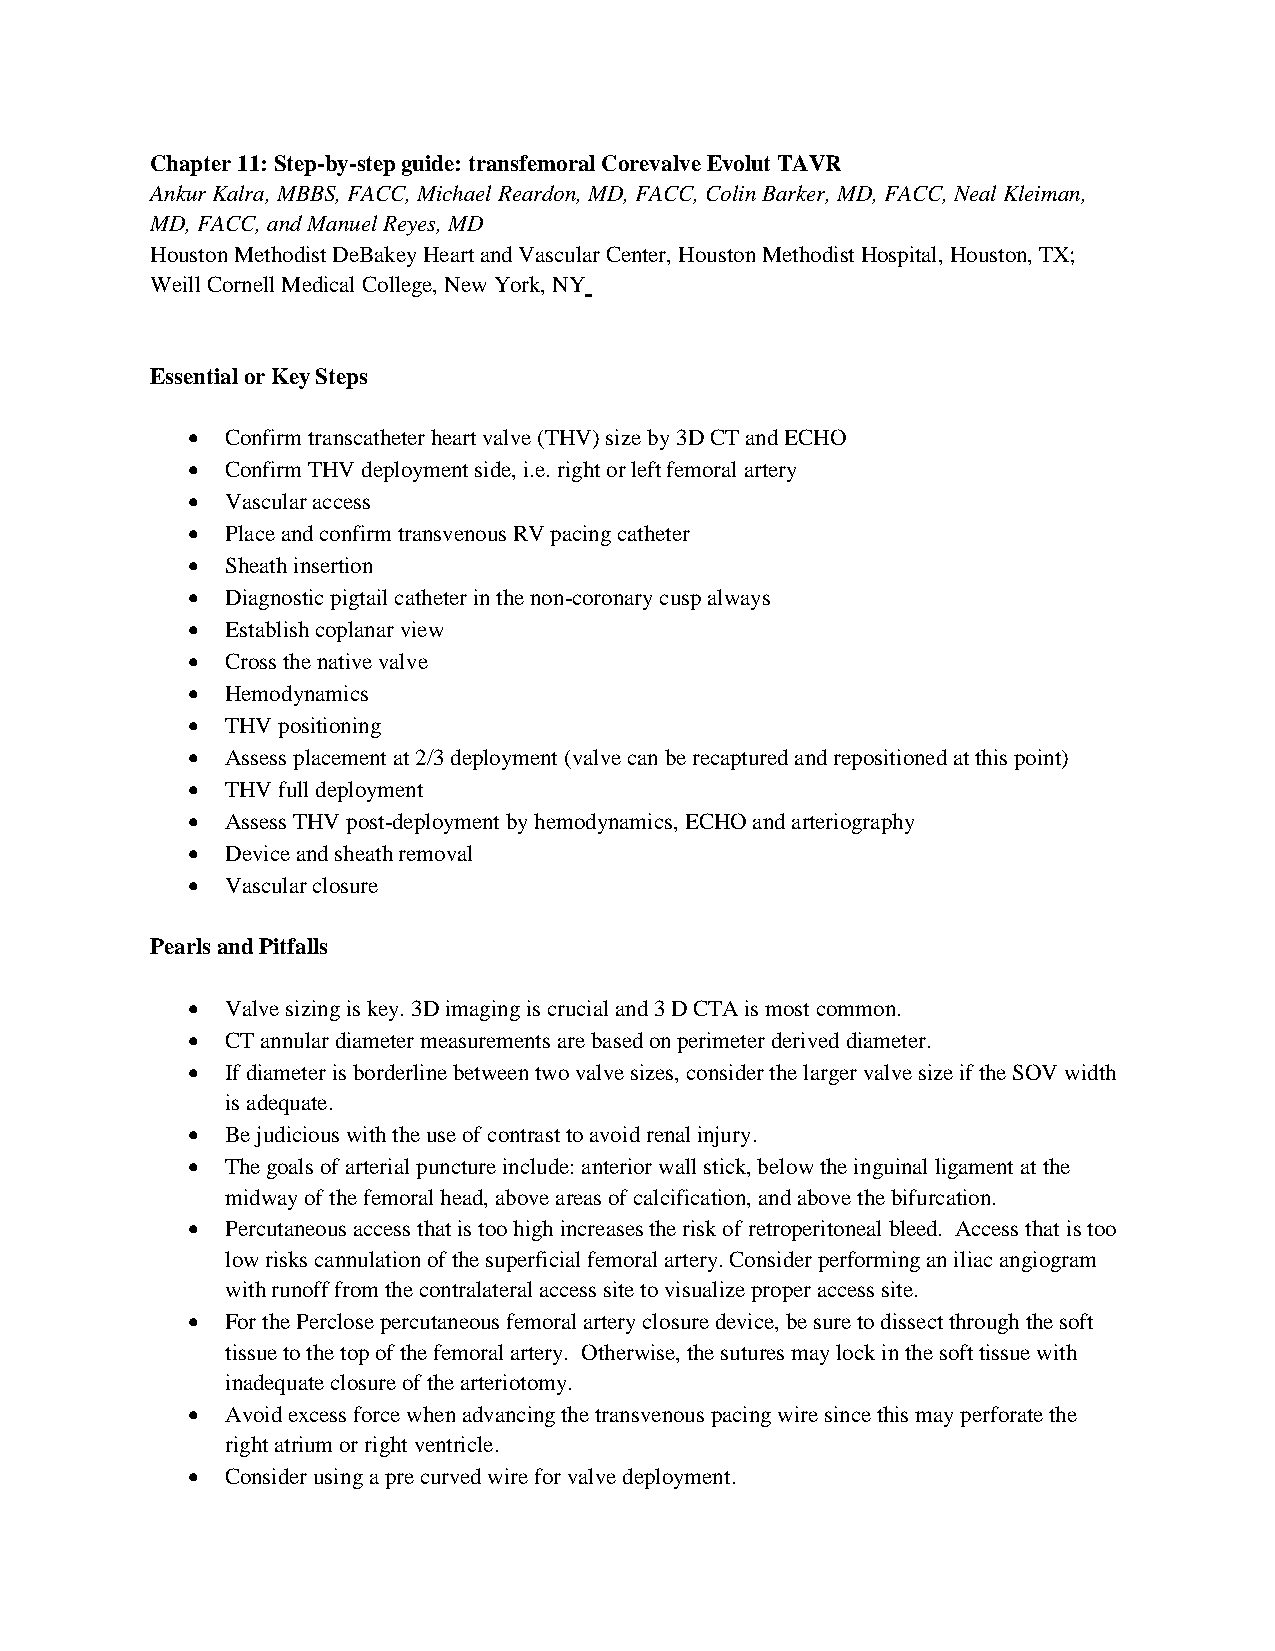
Chapter 11: Step-by-step guide: transfemoral Corevalve Evolut TAVR
 Ankur Kalra, MBBS, FACC, Michael Reardon, MD, FACC, Colin Barker, MD, FACC, Neal Kleiman,
 MD, FACC, and Manuel Reyes, MD
 Houston Methodist DeBakey Heart and Vascular Center, Houston Methodist Hospital, Houston, TX;
 Weill Cornell Medical College, New York, NY
 Essential or Key Steps
   Confirm transcatheter heart valve (THV) size by 3D CT and ECHO
   Confirm THV deployment side, i.e. right or left femoral artery
   Vascular access
   Place and confirm transvenous RV pacing catheter
   Sheath insertion
   Diagnostic pigtail catheter in the non-coronary cusp always
   Establish coplanar view
   Cross the native valve
   Hemodynamics
   THV positioning
   Assess placement at 2/3 deployment (valve can be recaptured and repositioned at this point)
   THV full deployment
   Assess THV post-deployment by hemodynamics, ECHO and arteriography
   Device and sheath removal
   Vascular closure
 Pearls and Pitfalls
   Valve sizing is key. 3D imaging is crucial and 3 D CTA is most common.
   CT annular diameter measurements are based on perimeter derived diameter.
   If diameter is borderline between two valve sizes, consider the larger valve size if the SOV width
 is adequate.
   Be judicious with the use of contrast to avoid renal injury.
   The goals of arterial puncture include: anterior wall stick, below the inguinal ligament at the
 midway of the femoral head, above areas of calcification, and above the bifurcation.
   Percutaneous access that is too high increases the risk of retroperitoneal bleed. Access that is too
 low risks cannulation of the superficial femoral artery. Consider performing an iliac angiogram
 with runoff from the contralateral access site to visualize proper access site.
   For the Perclose percutaneous femoral artery closure device, be sure to dissect through the soft
 tissue to the top of the femoral artery. Otherwise, the sutures may lock in the soft tissue with
 inadequate closure of the arteriotomy.
   Avoid excess force when advancing the transvenous pacing wire since this may perforate the
 right atrium or right ventricle.
   Consider using a pre curved wire for valve deployment.